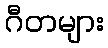
ဂီတများ